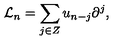
{ \mathcal L } _ { n } = \sum _ { j \in Z } u _ { n - j } \partial ^ { j } ,